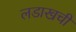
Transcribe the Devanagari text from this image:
लडाखची